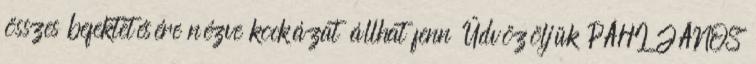
összes befektetésére nézve kockázat állhat fenn Üdvözöljük PÁHI JÁNOS